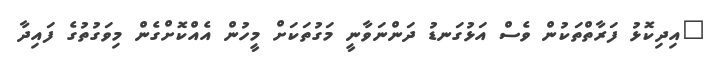
"އިދިކޮޅު ފަރާތްތަކުން ވެސް އަޅުގަނޑު ދަންނަވާނީ މަގުތަކަށް މީހުން އެއްކޮށްގެން މިވަގުތުގެ ފައިދާ